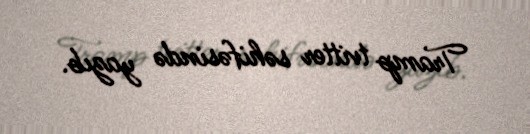
Tramp tvitter səhifəsində yazıb.